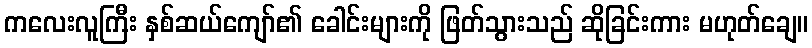
ကလေးလူကြီး နှစ်ဆယ်ကျော်၏ ခေါင်းများကို ဖြတ်သွားသည် ဆိုခြင်းကား မဟုတ်ချေ။